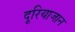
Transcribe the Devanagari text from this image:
दूरियाजान